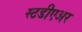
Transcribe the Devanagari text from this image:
स्टडीएअर